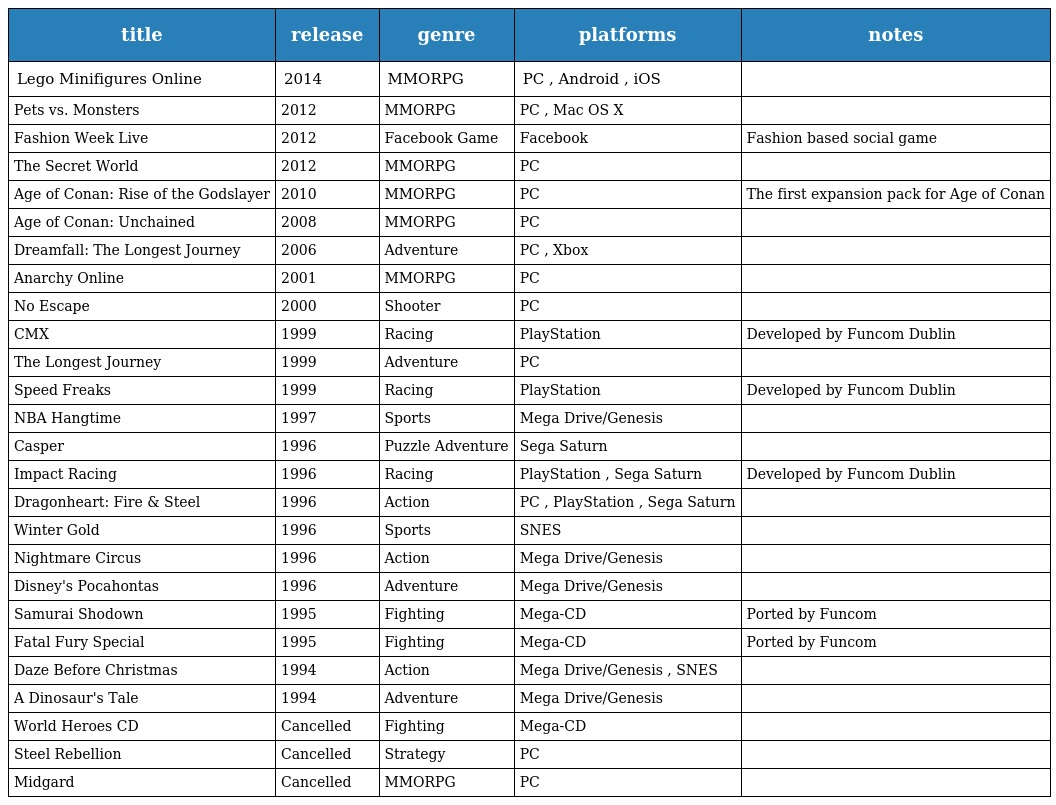
| title | release | genre | platforms | notes |
 | --- | --- | --- | --- | --- |
 | Lego Minifigures Online | 2014 | MMORPG | PC , Android , iOS |  |
 | Pets vs. Monsters | 2012 | MMORPG | PC , Mac OS X |  |
 | Fashion Week Live | 2012 | Facebook Game | Facebook | Fashion based social game |
 | The Secret World | 2012 | MMORPG | PC |  |
 | Age of Conan: Rise of the Godslayer | 2010 | MMORPG | PC | The first expansion pack for Age of Conan |
 | Age of Conan: Unchained | 2008 | MMORPG | PC |  |
 | Dreamfall: The Longest Journey | 2006 | Adventure | PC , Xbox |  |
 | Anarchy Online | 2001 | MMORPG | PC |  |
 | No Escape | 2000 | Shooter | PC |  |
 | CMX | 1999 | Racing | PlayStation | Developed by Funcom Dublin |
 | The Longest Journey | 1999 | Adventure | PC |  |
 | Speed Freaks | 1999 | Racing | PlayStation | Developed by Funcom Dublin |
 | NBA Hangtime | 1997 | Sports | Mega Drive/Genesis |  |
 | Casper | 1996 | Puzzle Adventure | Sega Saturn |  |
 | Impact Racing | 1996 | Racing | PlayStation , Sega Saturn | Developed by Funcom Dublin |
 | Dragonheart: Fire & Steel | 1996 | Action | PC , PlayStation , Sega Saturn |  |
 | Winter Gold | 1996 | Sports | SNES |  |
 | Nightmare Circus | 1996 | Action | Mega Drive/Genesis |  |
 | Disney's Pocahontas | 1996 | Adventure | Mega Drive/Genesis |  |
 | Samurai Shodown | 1995 | Fighting | Mega-CD | Ported by Funcom |
 | Fatal Fury Special | 1995 | Fighting | Mega-CD | Ported by Funcom |
 | Daze Before Christmas | 1994 | Action | Mega Drive/Genesis , SNES |  |
 | A Dinosaur's Tale | 1994 | Adventure | Mega Drive/Genesis |  |
 | World Heroes CD | Cancelled | Fighting | Mega-CD |  |
 | Steel Rebellion | Cancelled | Strategy | PC |  |
 | Midgard | Cancelled | MMORPG | PC |  |